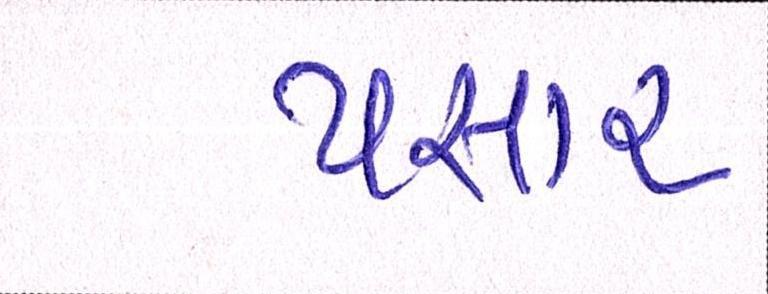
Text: પસાર